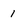
Character: 1